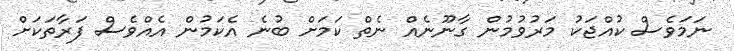
ނަމަވެސް ކުއްޖަކު މަރުވުމުން ގާނޫނެއް ނެތް ކަމަށް ބުނެ އެކަމުން އެއްވެސް ފަރާތަކަށް